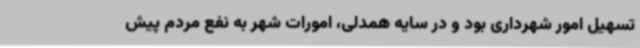
تسهیل امور شهرداری بود و در سایه همدلی، امورات شهر به نفع مردم پیش